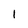
Character: 1